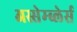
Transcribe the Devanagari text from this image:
अस्सेम्ब्लेर्स